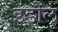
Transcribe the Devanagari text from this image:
इंडोल